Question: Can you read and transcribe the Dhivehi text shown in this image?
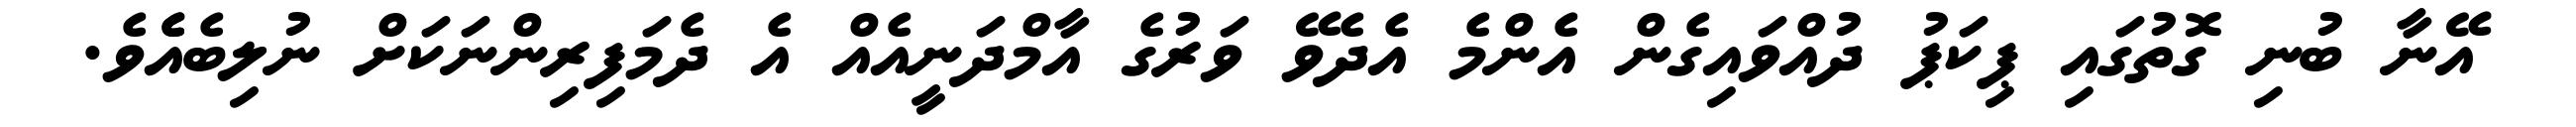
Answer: އޭނާ ބުނި ގޮތުގައި ޕިކަޕު ދުއްވައިގެން އެންމެ އެދެވޭ ވަރުގެ އާމްދަނީއެއް އެ ދެމަފިރިންނަކަށް ނުލިބެއެެވެ.